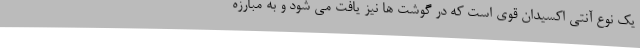
یک نوع آنتی اکسیدان قوی است که در گوشت ها نیز یافت می شود و به مبارزه